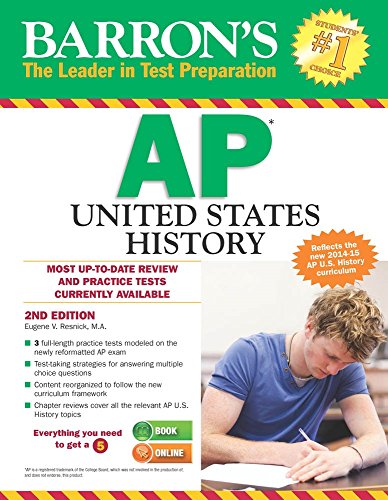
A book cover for Barron's AP United States History, 2nd Edition; Eugene Resnick M.A.; Test Preparation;